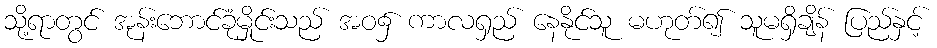
သို့ရာတွင် အုန်းဘောင်ခုံမှိုင်းသည် အဝ၌ ကာလရှည် နေနိုင်သူ မဟုတ်၍ သူမရှိချိန် ပြည်နှင့်